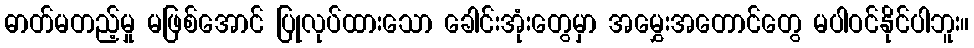
ဓာတ်မတည့်မှု မဖြစ်အောင် ပြုလုပ်ထားသော ခေါင်းအုံးတွေမှာ အမွှေးအတောင်တွေ မပါဝင်နိုင်ပါဘူး။